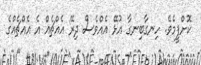
ކޮށްފީމެވެ. ހިނގާބިނގާ އުޅޭ އެއްވެސް ދިރޭ އެއްޗެއް އެ އެއްޗެއްގެ